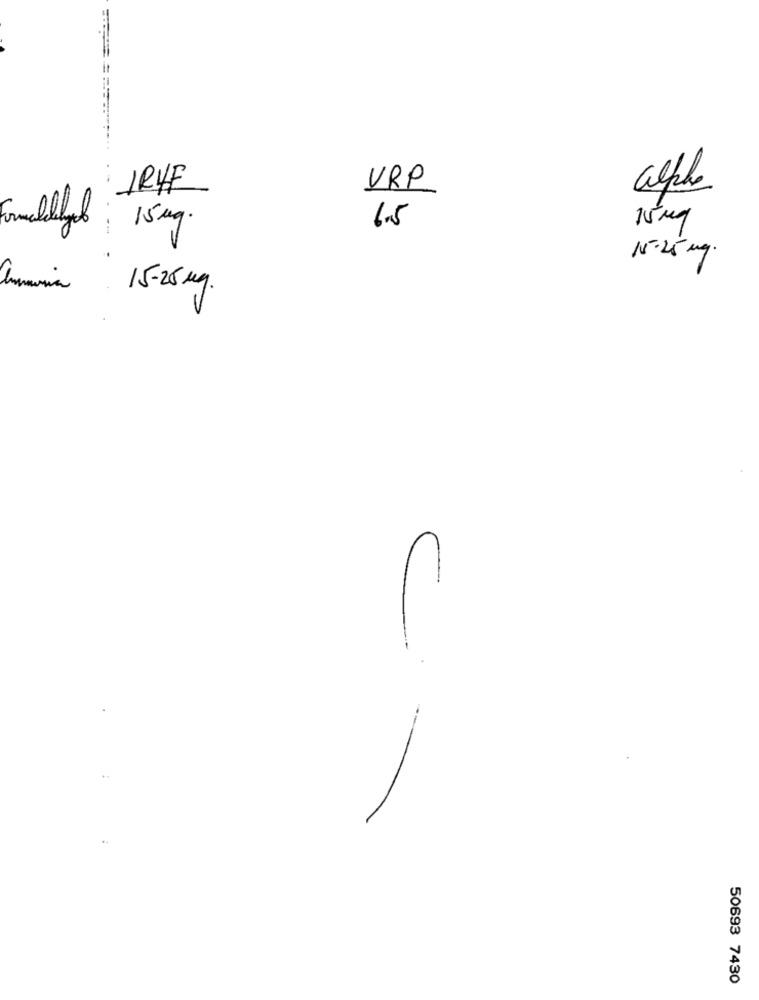
--
IRVE
VRP
alpha
6.5
15 mg
15mg
N5-25 mg.
15-25 kg.
C
50693 7430